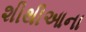
શીથીઆના